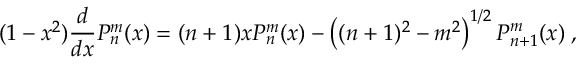
( 1 - x ^ { 2 } ) \frac { d } { d x } P _ { n } ^ { m } ( x ) = ( n + 1 ) x P _ { n } ^ { m } ( x ) - \left( ( n + 1 ) ^ { 2 } - m ^ { 2 } \right) ^ { 1 / 2 } P _ { n + 1 } ^ { m } ( x ) \; ,